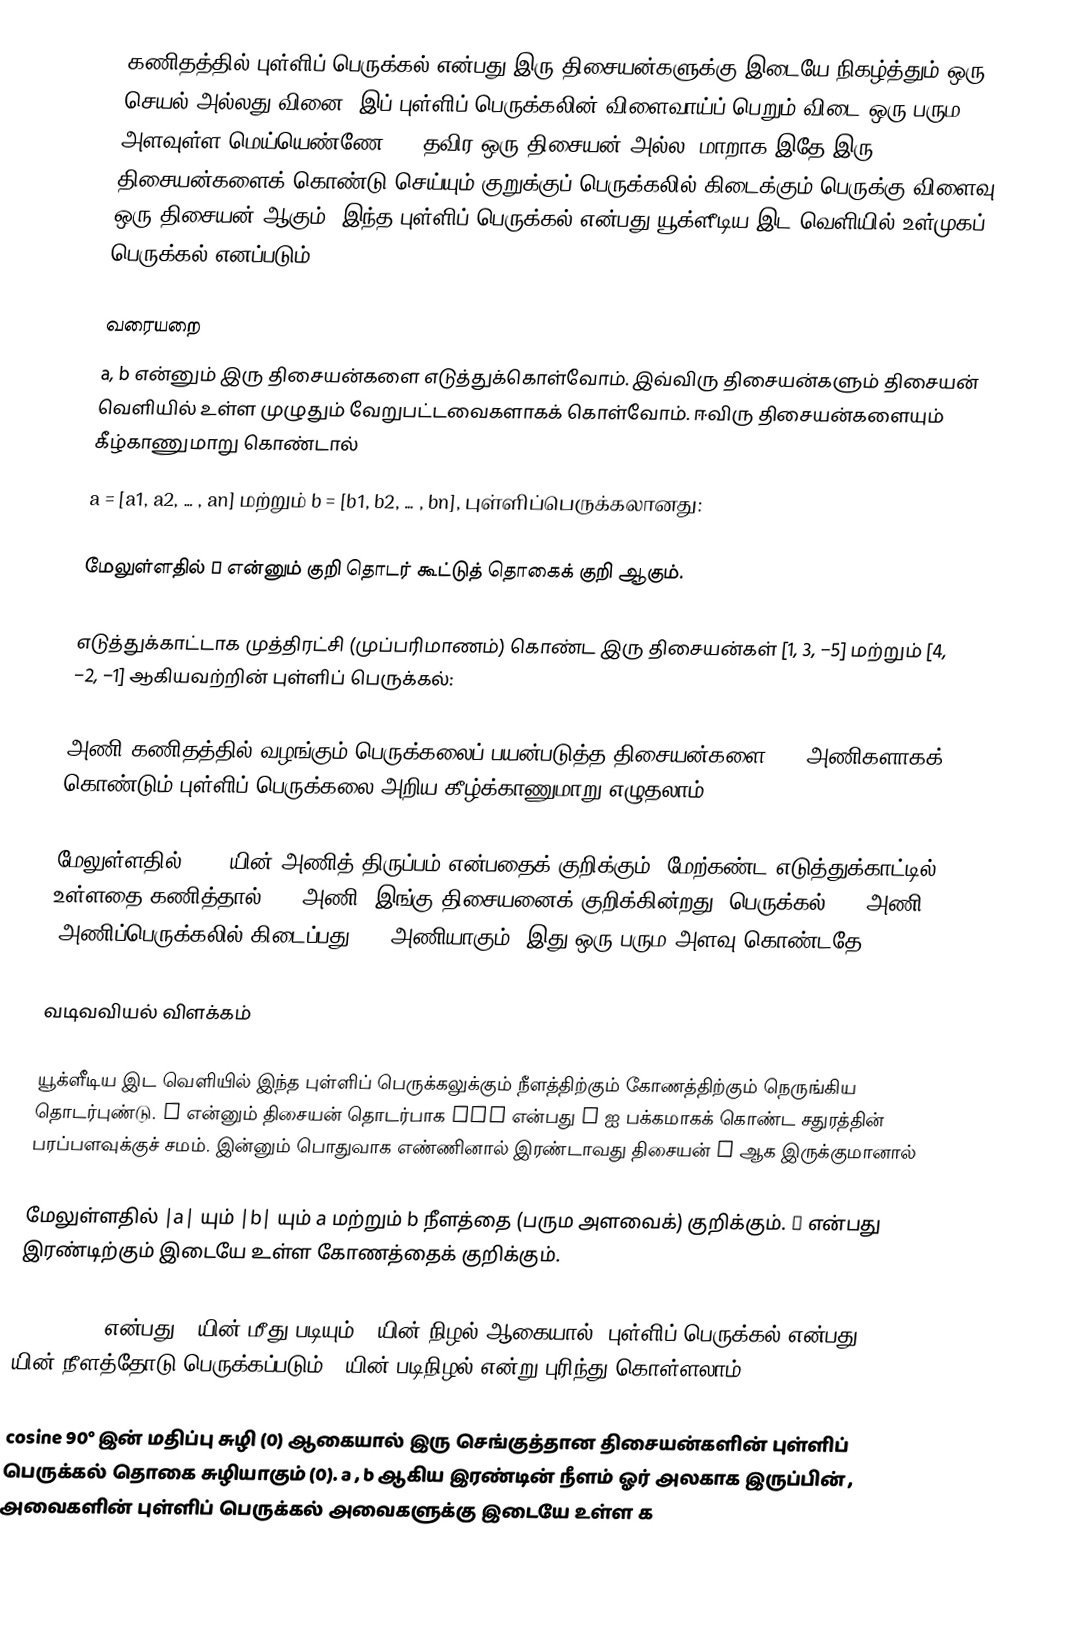
கணிதத்தில் புள்ளிப் பெருக்கல் என்பது இரு திசையன்களுக்கு இடையே நிகழ்த்தும் ஒரு செயல் அல்லது வினை. இப் புள்ளிப் பெருக்கலின் விளைவாய்ப் பெறும் விடை ஒரு பரும அளவுள்ள மெய்யெண்ணே  (R) தவிர ஒரு திசையன் அல்ல. மாறாக இதே இரு திசையன்களைக் கொண்டு செய்யும் குறுக்குப் பெருக்கலில் கிடைக்கும் பெருக்கு விளைவு ஒரு திசையன் ஆகும். இந்த புள்ளிப் பெருக்கல் என்பது யூக்ளீடிய இட வெளியில் உள்முகப் பெருக்கல் எனப்படும்.

வரையறை
a, b என்னும் இரு திசையன்களை எடுத்துக்கொள்வோம். இவ்விரு திசையன்களும் திசையன் வெளியில் உள்ள முழுதும் வேறுபட்டவைகளாகக் கொள்வோம்.  ஈவிரு திசையன்களையும் கீழ்காணுமாறு கொண்டால்
a = [a1, a2, … , an] மற்றும்  b = [b1, b2, … , bn], புள்ளிப்பெருக்கலானது:

மேலுள்ளதில் Σ என்னும் குறி தொடர் கூட்டுத் தொகைக் குறி ஆகும்.

எடுத்துக்காட்டாக முத்திரட்சி (முப்பரிமாணம்) கொண்ட இரு திசையன்கள் [1, 3, −5] மற்றும்  [4, −2, −1] ஆகியவற்றின் புள்ளிப் பெருக்கல்:

அணி கணிதத்தில் வழங்கும் பெருக்கலைப் பயன்படுத்த திசையன்களை n×1 அணிகளாகக் கொண்டும் புள்ளிப் பெருக்கலை அறிய கீழ்க்காணுமாறு எழுதலாம்.:

மேலுள்ளதில்  aT  a யின் அணித் திருப்பம் என்பதைக் குறிக்கும்.  மேற்கண்ட எடுத்துக்காட்டில் உள்ளதை கணித்தால் 1×3 அணி (இங்கு திசையனைக் குறிக்கின்றது) பெருக்கல் 3×1 அணி  (அணிப்பெருக்கலில் கிடைப்பது  1×1  அணியாகும். இது ஒரு பரும அளவு கொண்டதே.):

வடிவவியல் விளக்கம்

யூக்ளீடிய இட வெளியில் இந்த புள்ளிப் பெருக்கலுக்கும் நீளத்திற்கும் கோணத்திற்கும் நெருங்கிய தொடர்புண்டு. a என்னும் திசையன் தொடர்பாக  a•a என்பது a ஐ பக்கமாகக் கொண்ட சதுரத்தின் பரப்பளவுக்குச் சமம். இன்னும் பொதுவாக எண்ணினால் இரண்டாவது திசையன் b ஆக இருக்குமானால்

மேலுள்ளதில் |a| யும்  |b| யும் a மற்றும்  b நீளத்தை (பரும அளவைக்) குறிக்கும்.  θ  என்பது இரண்டிற்கும் இடையே உள்ள கோணத்தைக் குறிக்கும்.

|a|•cos(θ) என்பது  b யின் மீது படியும் a யின் நிழல் ஆகையால், புள்ளிப் பெருக்கல் என்பது b யின் நீளத்தோடு பெருக்கப்படும் a யின் படிநிழல் என்று புரிந்து கொள்ளலாம்.

cosine  90°  இன் மதிப்பு சுழி (0) ஆகையால் இரு செங்குத்தான திசையன்களின் புள்ளிப் பெருக்கல் தொகை சுழியாகும் (0). a , b ஆகிய இரண்டின் நீளம் ஓர் அலகாக இருப்பின் , அவைகளின் புள்ளிப் பெருக்கல் அவைகளுக்கு இடையே உள்ள க